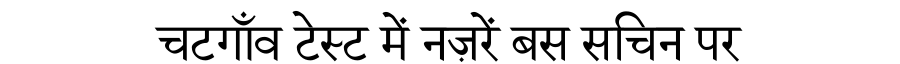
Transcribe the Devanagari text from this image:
चटगाँव टेस्ट में नज़रें बस सचिन पर